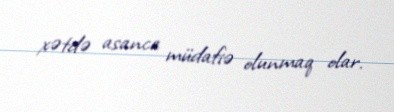
xətdə asanca müdafiə olunmaq olar.